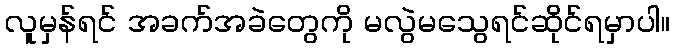
လူမှန်ရင် အခက်အခဲတွေကို မလွဲမသွေရင်ဆိုင်ရမှာပါ။